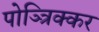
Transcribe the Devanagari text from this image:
पोञ्त्रिक्कर